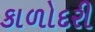
કાળોદરી